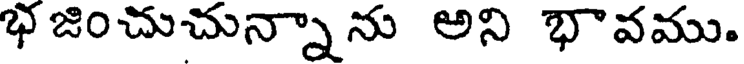
భ జించుచున్నాను అని భావము.